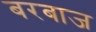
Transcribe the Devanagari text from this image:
बरबाज